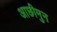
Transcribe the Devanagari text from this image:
आछीमुन